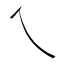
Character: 乀